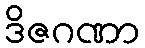
ဒိဇဂဏာ